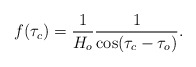
\begin{align*}f(\tau_c)=\frac{1}{H_o}\frac{1}{\cos(\tau_c-\tau_o)}.\end{align*}